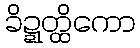
ခိဍ္ဍတ္ထိကော